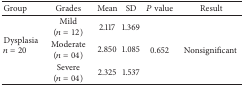
<table><thead><tr><td><b>Group</b></td><td><b>Grades</b></td><td><b>Mean</b></td><td><b>SD</b></td><td><b><i>P</i> value</b></td><td><b>Result</b></td></tr></thead><tbody><tr><td rowspan="3">Dysplasia <i>n</i> = 20</td><td>Mild(<i>n</i> = 12)</td><td>2.117</td><td>1.369</td><td rowspan="3">0.652</td><td rowspan="3">Nonsignificant</td></tr><tr><td>Moderate(<i>n</i> = 04)</td><td>2.850</td><td>1.085</td></tr><tr><td>Severe(<i>n</i> = 04)</td><td>2.325</td><td>1.537</td></tr></tbody></table>